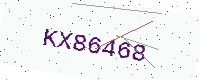
Text: KX86468